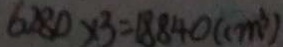
6 2 8 0 \times 3 = 1 8 8 4 0 ( c m ^ { 3 } )